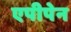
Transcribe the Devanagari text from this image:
एपीपेन